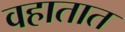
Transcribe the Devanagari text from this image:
वहातात